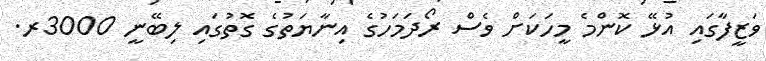
ވަޒީފާގައި އުޅޭ ކޮންމެ މީހަކަށް ވެސް ރޯދަމަހުގެ އިނާޔަތުގެ ގޮތުގައި ލިބޭނީ 3000ރ.